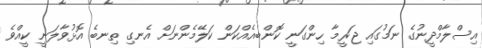
އިސްލާމްދީނުގެ ނަމުގައި ޖަރީމާ ހިންގަނީ ކޮންބއެއްކަން ކަލޭމެންނަށް އެނގި ތިނބެ އޮޅުވާލަނީ ކީއްވެ